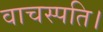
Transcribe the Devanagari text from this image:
वाचस्‍पति।